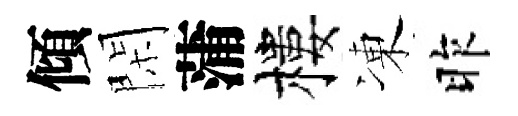
傾閑蒲樓凍昨